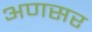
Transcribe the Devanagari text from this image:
अणसर